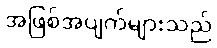
အဖြစ်အပျက်များသည်